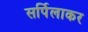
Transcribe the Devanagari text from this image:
सर्पिलाकर